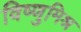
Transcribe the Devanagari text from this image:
विष्णुमिश्र